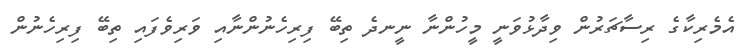
އެމެރިކާގެ ރިސާޗަރުން ވިދާޅުވަނީ މީހުންނާ ނީނދެ ތިބޭ ފިރިހެނުންނާއި ވަރިވެފައި ތިބޭ ފިރިހެނުން